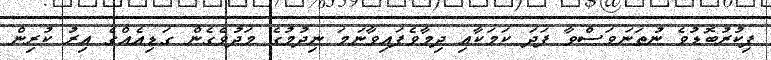
ފިކުރުބޮޑުވެ ނުތަނަވަސްވާ ފަދަ ކަމަކާއި ދިމާވެފައިވާނަމަ ނިދުމުގެ މަދުވެގެން ގަޑިއެއްގެ އިރު ކުރިން